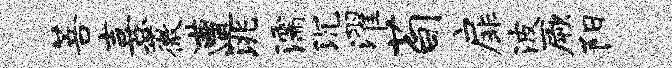
菩熹薇遭洮濡沉濯荀扉波厥阳